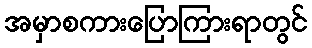
အမှာစကားပြောကြားရာတွင်